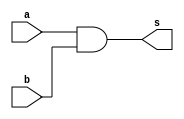
// -------------------------
// Exemplo0034 - F5
// Nome: Ailton Gomes
// -------------------------
// --       PORTAS        --
// -------------------------
// -------------------------
// -- AND
// -------------------------
module andgate (output s,
input  a,
input  b);
assign s = a & b;
// descrever por portas
endmodule // andgate
// -------------------------
// -- AND3
// -------------------------
module and3gate (output s,
input  a,
input  b,
input  c);
assign s = a & b & c;
// descrever por portas
endmodule // and3gate
// -------------------------
// -- ORgate
// -------------------------
module orgate (output s,
input a,
input b);
assign s = a | b;
// descrever por portas
endmodule // orgate
// -------------------------
// -- OR3gate
// -------------------------
module or3gate (output s,
input a,
input b,
input c);
assign s = a | b | c;
// descrever por portas
endmodule // or3gate
// -------------------------
// -- Chave
// -------------------------
module chave (output s,
input a,
input b);
wire f;
wire g;
andgate AND1 ( f, a, b);
andgate AND2 ( g, ~a, ~b);
orgate OR1 ( s, g, f);

// descrever por portas
endmodule // chave
// -------------------------
// f3_gate
// -------------------------
module f3 (output s,
input [1:0] a);
wire f;
wire g;
andgate AND1 ( f, a[0], a[1]);
andgate AND2 ( g, ~a[0], ~a[1]);
orgate OR1 ( s, f, g);
// descrever por portas
endmodule // f3
// -------------------------
// f4_gate
// -------------------------
module f4 (output s,
input [2:0] a);
wire f;
wire g;
wire h;
and3gate AND1 ( f, a[0], a[1], a[2]);
orgate OR1 ( g, f, ~a[2]);
or3gate OR2 ( h, a[0], a[1], f);
andgate AND2 ( s, h, g);
// descrever por portas
endmodule // f4


// -------------------------
// f5_gate
// -------------------------
module f5 (output s,
input [3:0] a);
wire f;
wire g;
wire h;
wire j;
wire i;
f4 P1 ( f, a[2:0]);
f3 p2 ( g, a[1:0]);
chave CH1 ( h, g, a[3]);
andgate AND3 ( j, h, a[3]);
andgate AND4 ( i, ~a[3], f);
orgate OR3 ( s, j, i);


// descrever por portas
endmodule // f5
module test_f5;

// ------------------------- definir dados
reg [3:0] x;
wire z;
f5 modulo (z, x);
// ------------------------- parte principal
initial begin
$display("Exemplo0034 - Ailton Gomes - 440092");
$display("Test LU's module"   );
 x = 4'b0000;
 $display("%b = %b", x, z);
 x = 4'b0010;
#1 $display("%b = %b", x, z); 
 x = 4'b0001;
#1 $display("%b = %b", x, z);
x = 4'b0011;
#1 $display("%b = %b", x, z);
 x = 4'b0100;
#1 $display("%b = %b", x, z); 
 x = 4'b0101;
#1 $display("%b = %b", x, z);
 x = 4'b0110;
#1 $display("%b = %b", x, z); 
 x = 4'b0111;
#1 $display("%b = %b", x, z);
 x = 4'b1000;
 $display("%b = %b", x, z);
 x = 4'b1010;
#1 $display("%b = %b", x, z); 
 x = 4'b1001;
#1 $display("%b = %b", x, z);
x = 4'b1011;
#1 $display("%b = %b", x, z);
 x = 4'b1100;
#1 $display("%b = %b", x, z); 
 x = 4'b1101;
#1 $display("%b = %b", x, z);
 x = 4'b1110;
#1 $display("%b = %b", x, z); 
 x = 4'b1111;
#1 $display("%b = %b", x, z);
end
endmodule // test_f5